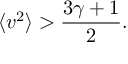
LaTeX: \langle v ^ { 2 } \rangle > \frac { 3 \gamma + 1 } { 2 } .